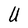
Character: U